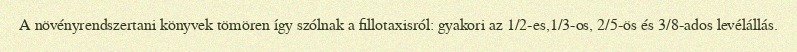
A növényrendszertani könyvek tömören így szólnak a fillotaxisról: gyakori az 1/2-es,1/3-os, 2/5-ös és 3/8-ados levélállás.